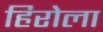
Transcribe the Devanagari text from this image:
हिरोला